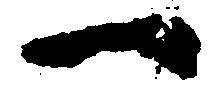
一